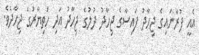
އެއީ ފުރާނައިގެ ޖިހާދު ފައިސާގެ ޖިހާދު ދުލުގެ ޖިހާދު އަދި ހަތިޔާރުގެ ޖިހާދެވެ.